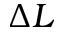
\Delta L